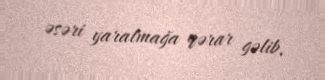
əsəri yaratmağa qərar gəlib.